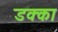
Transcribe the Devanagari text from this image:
डक्का